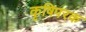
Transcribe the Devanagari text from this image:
कृषिपरक